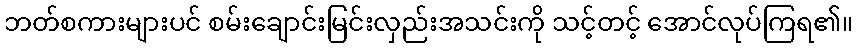
ဘတ်စကားများပင် စမ်းချောင်းမြင်းလှည်းအသင်းကို သင့်တင့် အောင်လုပ်ကြရ၏။